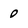
Character: 0